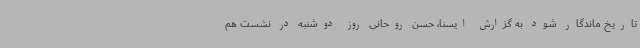
تاریخ ماندگار شود به گزارش ایسنا، حسن روحانی روز دوشنبه در نشست هم